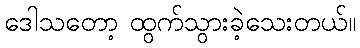
ဒေါသတော့ ထွက်သွားခဲ့သေးတယ်။